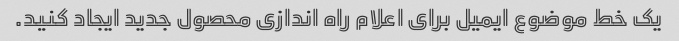
یک خط موضوع ایمیل برای اعلام راه اندازی محصول جدید ایجاد کنید.